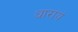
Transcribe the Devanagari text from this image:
धारायं